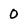
Character: 0